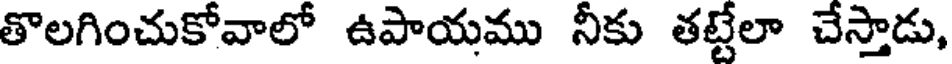
తొలగించుకోవాలో ఉపాయము నీకు తట్టేలా చేస్తాడు,